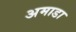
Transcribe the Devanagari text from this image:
अमाडा